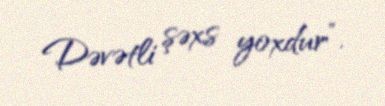
Dəvətli şəxs yoxdur”.